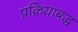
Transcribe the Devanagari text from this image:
प्रक्रियाबद्ध